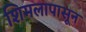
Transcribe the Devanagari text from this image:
शिमलापासून